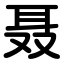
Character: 聂